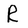
Character: R